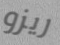
ريزو